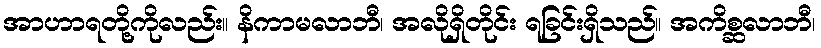
အာဟာရတို့ကိုလည်း။ နိကာမလာဘီ၊ အလိုရှိတိုင်း ရခြင်းရှိသည်။ အကိစ္ဆလာဘီ၊